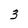
Character: 3